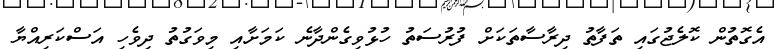
އެގޮތުން ކޮލެޖުގައި ތަފާތު ދިރާސާތަކަށް ފުރުސަތު ހުޅުވިގެންދާނެ ކަމަށާއި މިވަގުތު ދިވެހި އަސްކަރިއްޔާ